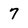
Character: 7